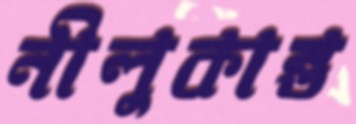
নীলুকান্ত